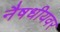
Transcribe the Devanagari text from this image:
नैषधीयवर